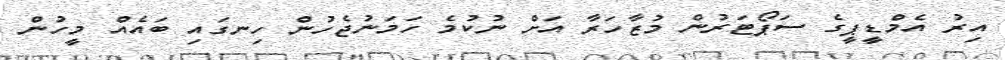
އިރު އެމްޑީޕީގެ ސަޕޯޓަރުން މުޒާހަރާ އަށް ނުކުމެ ހަމަނުޖެހުން ހިނގައި ބައެއް މީހުން